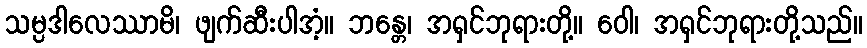
သမ္ပဒါလေဿာမိ၊ ဖျက်ဆီးပါအံ့။ ဘန္တေ၊ အရှင်ဘုရားတို့။ ဝေါ၊ အရှင်ဘုရားတို့သည်။